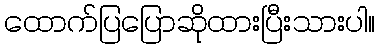
ထောက်ပြပြောဆိုထားပြီးသားပါ။